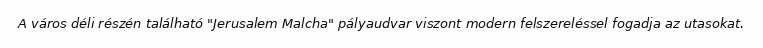
A város déli részén található "Jerusalem Malcha" pályaudvar viszont modern felszereléssel fogadja az utasokat.